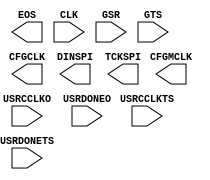
// $Header: /devl/xcs/repo/env/Databases/CAEInterfaces/xec_libs/data/unisims/STARTUP_VIRTEX5.v,v 1.1 2007/05/02 17:37:39 vandanad Exp $
///////////////////////////////////////////////////////////////////////////////
// Copyright (c) 1995/2006 Xilinx, Inc.
// All Right Reserved.
///////////////////////////////////////////////////////////////////////////////
//   ____  ____
//  /   /\/   /
// /___/  \  /    Vendor : Xilinx
// \   \   \/     Version : 8.2i
//  \   \         Description : Xilinx Formal Verification Library Component
//  /   /                  User Interface to Global Clock, Reset and 3-State Controls for VIRTEX5
// /___/   /\     Filename : STARTUP_VIRTEX5.v
// \   \  /  \    Timestamp : Wed Jun  7 16:13:41 PDT 2006
//  \___\/\___\
//
// Revision:
//    06/07/06 - Initial version.
// End Revision

`timescale 1 ps / 1 ps 

module STARTUP_VIRTEX5 (
        CFGCLK,
        CFGMCLK,
        DINSPI,
	EOS,
        TCKSPI,
	CLK,
	GSR,
	GTS,
	USRCCLKO,
	USRCCLKTS,
	USRDONEO,
	USRDONETS
);

    output CFGCLK;
    output CFGMCLK;
    output DINSPI;
    output EOS;
    output TCKSPI;
    
    input CLK;
    input GSR;
    input GTS;
    input USRCCLKO;
    input USRCCLKTS;
    input USRDONEO;
    input USRDONETS;
    
endmodule